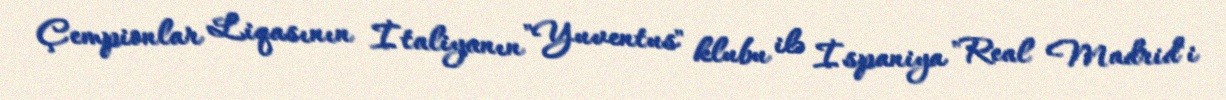
Çempionlar Liqasının İtaliyanın "Yuventus" klubu ilə İspaniya "Real Madrid"i